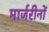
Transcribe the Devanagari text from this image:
मार्जरीनों